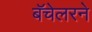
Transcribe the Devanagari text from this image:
बॅचेलरने